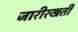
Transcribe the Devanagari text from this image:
जारीरखती